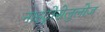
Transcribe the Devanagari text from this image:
नाइट्रोसेलुलोज़